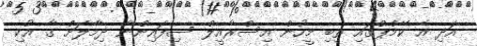
އަދި އެ ކޭމްޕްގައި ތިބި މީހުން އިސްރާއީލް ސިފައިންނާ ދިމާލަށް ގާ އުކި